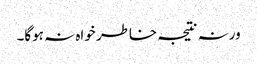
ورنہ نتیجہ خاطر خواہ نہ ہوگا۔